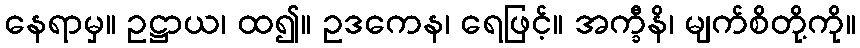
နေရာမှ။ ဥဋ္ဌာယ၊ ထ၍။ ဥဒကေန၊ ရေဖြင့်။ အက္ခီနိ၊ မျက်စိတို့ကို။